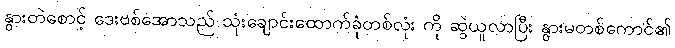
နွားတဲစောင့် ဒေးဗစ်အောသည် သုံးချောင်းထောက်ခုံတစ်လုံး ကို ဆွဲယူလာပြီး နွားမတစ်ကောင်၏